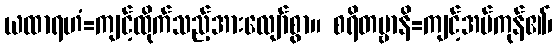
ယထာရဟံ=ကျင့်ထိုက်သည့်အားလျော်စွာ။ စရိတဗ္ဗာနိ=ကျင့်အပ်ကုန်၏၊